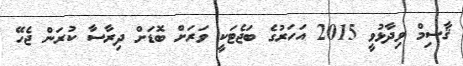
ޤާސިމް ވިދާޅުވީ 2015 އަހަރުގެ ބަޖެޓަކީ ވަރަށް ބޮޑަށް ދިރާސާ ކުރަން ޖެހޭ